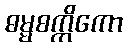
ဓမ္မစက္ကိကော